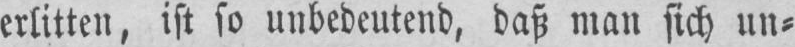
erlitten, ist so unbedeutend, daß man sich un⸗